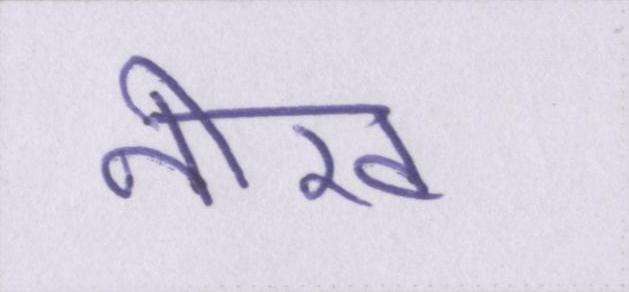
नीरव